Cholera in southern India
Disease focus: Cholera
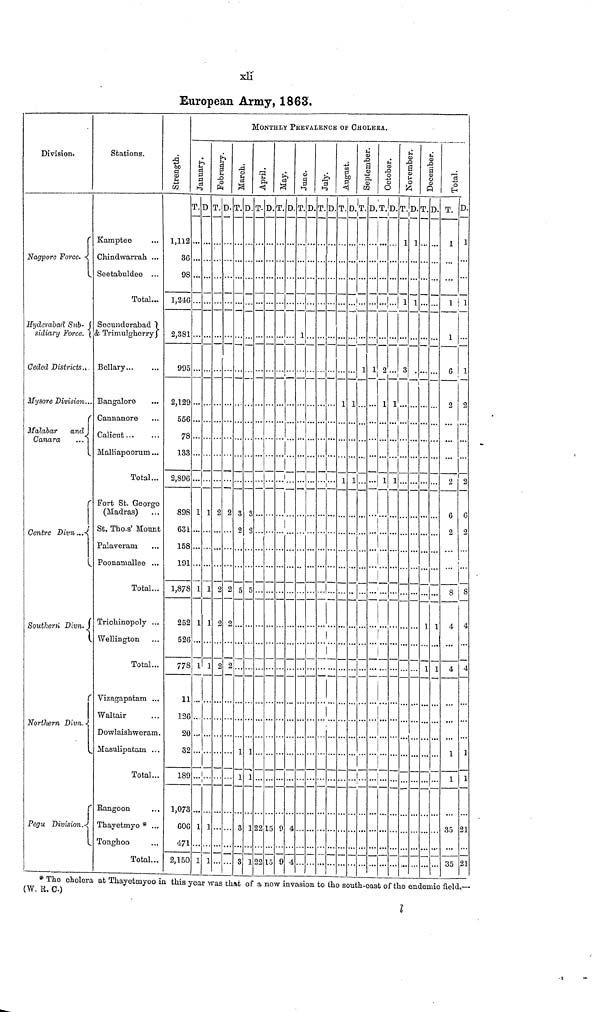
xli
European Army, 1863.
Division.
I
Nagpore Force.
Hyderabad Sub-
sidiary Force.
Ceded Districts..
Mysore Division...
Malabar and
Canara
...
Centre Divn...
Southern Divn.)
Northern Divn.
Pegu Division,
Stations.
Kamptee ...
Chindwarrah ...
Soetabuldee ...
Total,,
Secunderabad ")
& Trimulgherry
Bollary...
Bangalore ...
Gannanore ...
Calicut...
...
Malliapoorum...
Total...
Port St. George
(Madras) ...
St. Tho.s' Mount
Palaveram ...
Poonaniallee ...
Total...
Triclainopoly ...
Wellington ...
Total...
Vizagapatam ...
Waltair ...
Dowlaisliweram.
Masulipatam ...
Total...
Rangoon ...
Thayetrnyo * ...
Tonghoo ...
Total...
Strength.
1,112
36
98
1,246
2,381
995
2,129
556
78
133
2,896
898
631
158
191
1,878
252
526
778
11
126
20
32
189
1,073
606
471
2,150
MONTHLY PKEVALENCE OF CHOLERA.
January.
T.
...
...
...
...
...
...
...
...
...
...
...
1
...
...
1
1
...
1
...
...
...
...
...
...
1...
1
D
...
...
...
...
...
...
...
...
...
...
...
1
...
...
1
1
...
1
...
...
...
...
...
...
1
1
February
T.
...
...
...
...
...
...
...
...
...
...
...
2
...
...
2
2
...
2
...
...
...
...
...
...
...
...
D.
...
...
...
...
...
...
...
...
...
...
...
2
...
...
2
2
...
...
...
...
...
...
...
...
...
...
March
T.
...
...
...
...
...
...
...
...
...
...
...
3
2
...
...
5
...
...
...
...
...
...
1
1
...
3
3
D.
...
...
...
...
...
...
...
...
...
...
...
3
2
...
...
5
...
...
...
...
...
...
1
1
...
1
1
April.
T.
...
...
...
...
...
...
...
...
...
...
...
...
...
...
...
...
...
...
...
...
...
...
...
... ...
...
22
...
22
D.
...
...
...
...
...
...
...
...
...
...
...
...
...
...
...
...
...
...
...
...
...
...
...
... ...
...
15
...
15
May
T.
...
...
...
...
...
...
...
...
...
...
D.
...
...
...
...
...
...
...
...
...
...
...
...
...
...
...
...
...
...
...
...
...
...
...
... ...
...
9
9
...
...
...
...
...
...
...
...
...
...
...
...
... ...
...
4
4
June.
T.
...
...
...
...
1
...
...
...
...
...
...
...
...
...
...
...
...
...
...
...
...
...
...
... ...
...
...
...
...
D
...
...
...
...
...
...
...
...
...
...
...
...
...
...
...
...
...
...
...
...
...
...
...
... ...
...
...
...
...
July.
T.
...
...
...
...
...
...
...
...
...
...
...
...
...
...
...
...
...
...
D.
...
...
...
...
...
...
...
...
...
...
...
...
...
...
...
...
...
...
...
...
...
...
...
... ...
...
...
...
...
...
...
...
...
v ...
...
...
...
...
August
T.
...
...
...
...
...
...
1
...
...
...
1
...
...
...
...
...
...
...
...
...
...
...
...
... ...
...
...
...
...
D.
...
...
...
September.
...
...
...
...
...
...
l
...
...
...
l
...
...
...
...
...
...
...
...
...
...
...
...
... ...
...
...
...
...
...
1
...
...
...
...
...
...
...
...
...
...
...
...
...
...
...
...
...
...
...
...
...
...
D.
...
...
...
...
...
1
...
...
...
...
...
...
...
...
...
October.
T.
...
...
...
...
...
2
1
...
...
...
1
...
...
...
...
...
...
...
...
...
...
...
...
...
...
...
...
...
...
...
...
...
...
...
...
...
...
...
...
D.
...
...
...
1
...
...
1
...
...
...
1
...
...
...
...
...
...
...
...
...
...
...
...
...
...
...
...
...
November.
T.
1
...
...
1
...
3
...
...
...
...
...
...
...
...
...
...
...
...
...
...
...
...
...
...
...
...
...
...
D.
1
...
...
...
...
...
...
...
...
...
...
...
...
...
...
...
...
...
...
...
...
...
...
...
...
...
...
December.
T.
...
...
...
...
...
...
...
...
...
...
...
...
...
...
...
1
...
1
...
...
...
...
...
...
...
...
...
D.
...
...
...
...
...
...
...
...
...
...
...
...
...
...
...
1
...
1
...
...
...
...
...
...
...
...
...
Total.
T.
1
...
...
1
1
6
2
...
...
...
2
6
2
...
...
8
4
...
4
...
...
...
1
1
...
35
...
35
D.
1
...
...
1
...
1
2
...
...
...
2
6
2
...
...
8
4
...
4
...
...
...
1
1
...
21
...
21
* The cholera at Thayetmyoo in this year was that of a now invasion to the south-east of the endemic field.—
(W. R. C.)
l